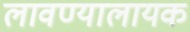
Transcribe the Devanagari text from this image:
लावण्यालायक